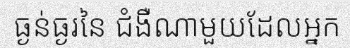
ធ្ងន់ធ្ងរនៃ ជំងឺណាមួយដែលអ្នក